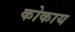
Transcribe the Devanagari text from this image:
कोकाय